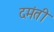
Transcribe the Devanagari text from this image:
दमंती